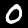
Label: 0